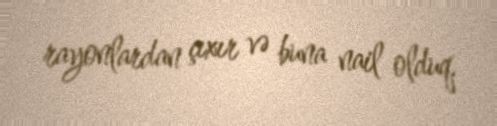
rayonlardan çıxır və buna nail olduq.